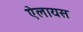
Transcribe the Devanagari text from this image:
ऐलायस